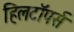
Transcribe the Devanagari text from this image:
हिलटॉपर्स